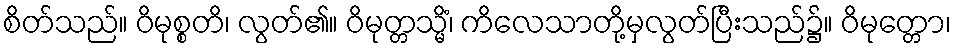
စိတ်သည်။ ဝိမုစ္စတိ၊ လွတ်၏။ ဝိမုတ္တသ္မိံ၊ ကိလေသာတို့မှလွတ်ပြီးသည်၌။ ဝိမုတ္တော၊